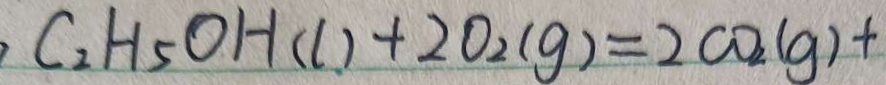
C _ { 2 } H _ { 5 } O H ( l ) + 2 O _ { 2 } ( g ) = 2 C O _ { 2 } ( g ) +